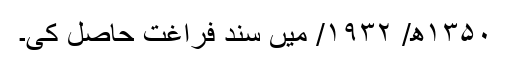
۱۳۵۰ھ/ ۱۹۳۲/ میں سند فراغت حاصل کی۔